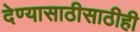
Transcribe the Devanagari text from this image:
देण्यासाठीसाठीही